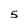
Character: 5